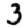
Digit: 3